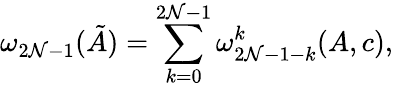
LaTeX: \omega_{2\mathcal{N}-1}(\tilde{{A}})=\sum_{k=0}^{2\mathcal{N}-1}\omega_{2\mathcal{N}-1-k}^{k}(A,c),